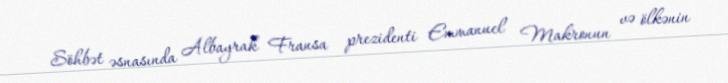
Söhbət əsnasında Albayrak Fransa prezidenti Emmanuel Makronun və ölkənin